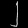
Digit: ၂